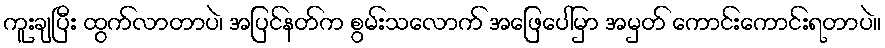
ကူးချပြီး ထွက်လာတာပဲ၊ အပြင်နတ်က စွမ်းသလောက် အဖြေပေါ်မှာ အမှတ် ကောင်းကောင်းရတာပဲ။